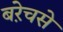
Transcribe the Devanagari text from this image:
बऱेचसे